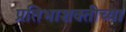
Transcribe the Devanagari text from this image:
प्रतिभाशक्तीच्या